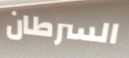
السرطان